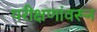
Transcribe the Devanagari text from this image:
परीक्षणांवरून